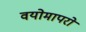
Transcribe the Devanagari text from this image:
वयोमापरो